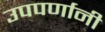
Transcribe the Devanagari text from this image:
उपपर्णानी